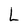
Character: L